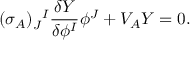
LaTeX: ( \sigma _ { A } ) _ { J } ^ { ~ ~ \! I } \frac { \delta Y } { \delta \phi ^ { I } } \phi ^ { J } + V _ { A } Y = 0 .